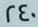
240